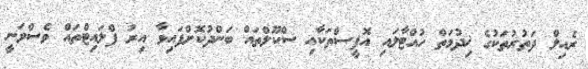
ރެއިލް ދަތުރުތަކުގެ ޚިދުމަތް ހުއްޓާލައި އޮފީސްތަކާއި ސްކޫލްތައް ބަންދުކޮށްފައިވާ އިރު ފްލައިޓްތައް ވެސްވަނީ